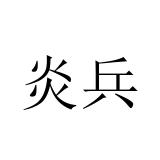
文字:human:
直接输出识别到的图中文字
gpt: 炎兵